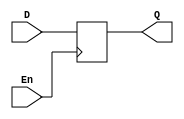
/* Q1 part 3 */

module dff(D, En, Q);
    input D, En;
    output Q;
    reg Q;
    always @ (posedge En)
    Q <= D;
endmodule